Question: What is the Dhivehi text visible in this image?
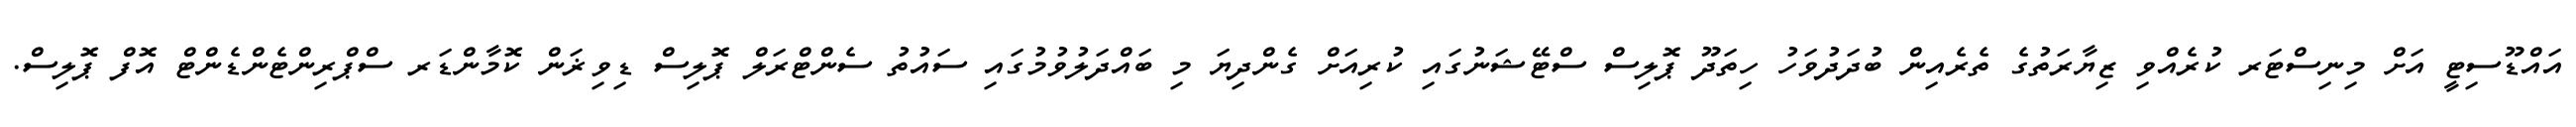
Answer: އައްޑޫސިޓީ އަށް މިނިސްޓަރ ކުރެއްވި ޒިޔާރަތުގެ ތެރެއިން ބުދަދުވަހު ހިތަދޫ ޕޮލިސް ސްޓޭޝަނުގައި ކުރިއަށް ގެންދިޔަ މި ބައްދަލުވުމުގައި ސައުތު ސެންޓްރަލް ޕޮލިސް ޑިވިޜަން ކޮމާންޑަރ ސްޕްރިންޓެންޑެންޓް އޮފް ޕޮލިސް.